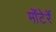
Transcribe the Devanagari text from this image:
मोंटेर्रे